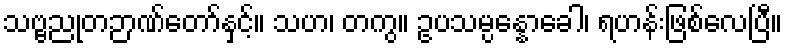
သဗ္ဗညုတဉာဏ်တော်နှင့်။ သဟ၊ တကွ။ ဥပသမ္ပန္နောခေါ၊ ရဟန်းဖြစ်လေပြီ။